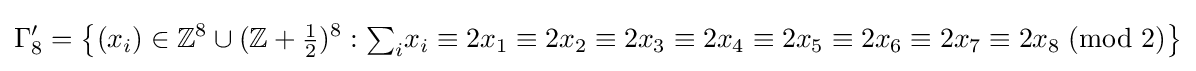
\Gamma _{8}'=\left\{(x_{i})\in \mathbb {Z} ^{8}\cup (\mathbb {Z} +{\tfrac {1}{2}})^{8}:{{\textstyle \sum _{i}}x_{i}}\equiv 2x_{1}\equiv 2x_{2}\equiv 2x_{3}\equiv 2x_{4}\equiv 2x_{5}\equiv 2x_{6}\equiv 2x_{7}\equiv 2x_{8}\;({\mbox{mod }}2)\right\}